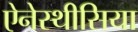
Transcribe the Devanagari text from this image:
ऐनेस्थीसिया